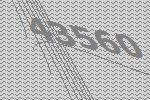
43560